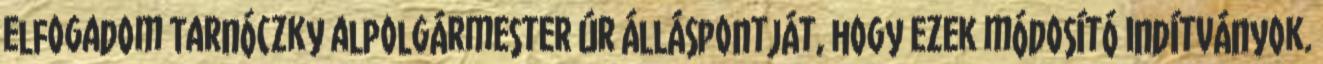
elfogadom Tarnóczky alpolgármester úr álláspontját, hogy ezek módosító indítványok.